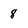
Character: 8